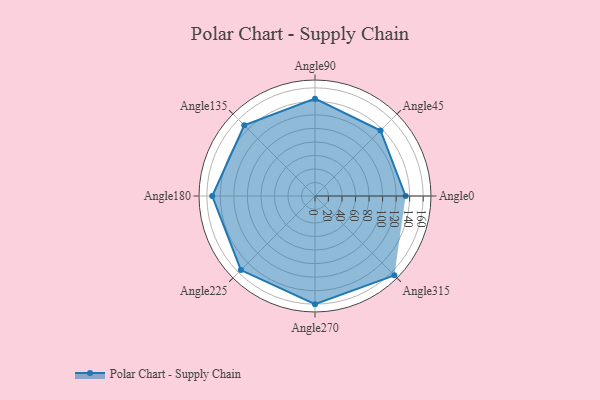
{"axis": {"x": "Angle", "y": "Radius"}, "legend": [""], "data": [{"x": "Angle0", "y": 134.0, "type": ""}, {"x": "Angle45", "y": 137.0, "type": ""}, {"x": "Angle90", "y": 144.0, "type": ""}, {"x": "Angle135", "y": 148.0, "type": ""}, {"x": "Angle180", "y": 152.0, "type": ""}, {"x": "Angle225", "y": 155.0, "type": ""}, {"x": "Angle270", "y": 160.0, "type": ""}, {"x": "Angle315", "y": 166.0, "type": ""}]}